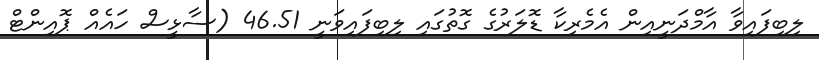
ލިބިފައިވާ އާމްދަނީއިން އެމެރިކާ ޑޮލަރުގެ ގޮތުގައި ލިބިފައިވަނީ 46.51 (ސާޅީސް ހައެއް ޕޮއިންޓް